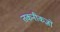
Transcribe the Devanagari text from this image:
तकनीकज्ञों